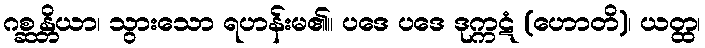
ဂစ္ဆန္တိယာ၊ သွားသော ရဟန်းမ၏။ ပဒေ ပဒေ ဒုက္ကဋံ (ဟောတိ)၊ ယတ္ထ၊